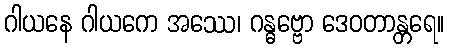
ဂါယနေ ဂါယကေ အဿေ၊ ဂန္ဓဗ္ဗော ဒေဝတာန္တရေ။